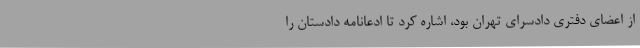
از اعضای دفتری دادسرای تهران بود، اشاره کرد تا ادعانامه دادستان را